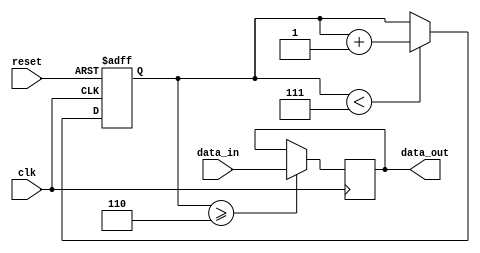
module almost_full_fifo (
    input wire clk,
    input wire reset,
    input wire data_in,
    output reg data_out
);

parameter FIFO_DEPTH = 8; // Depth of the FIFO buffer

reg [2:0] fill_level; // Fill level of the FIFO buffer

always @(posedge clk or posedge reset) begin
    if (reset) begin
        fill_level <= 0;
    end else begin
        if (fill_level < FIFO_DEPTH - 1) begin
            fill_level <= fill_level + 1;
        end
    end
end

always @(posedge clk) begin
    if (fill_level >= FIFO_DEPTH - 2) begin
        data_out <= data_in;
    end
end

endmodule